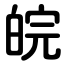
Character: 皖